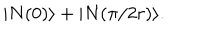
LaTeX: | N ( 0 ) \rangle + | N ( \pi / 2 r ) \rangle .